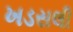
ખડસલી